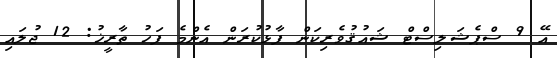
އޭ 9 ސްޕެޝަލިސްޓް ޝައުޤުވެރިކަން ފާޅުކުރަން އެންމެ ފަހު ތާރީޚު: 12 ޖުލައި